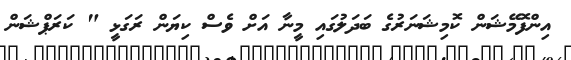
އިންފޮމޭޝަން ކޮމިޝަނަރުގެ ބަދަލުގައި މީނާ އަށް ވެސް ކިޔަން ރަގަޅީ " ކަރަޕްޝަން